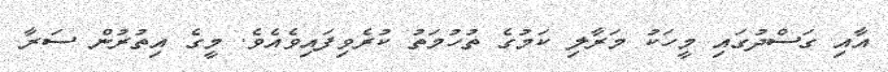
އާއި ގަސްދުގައި މީހަކު މަރާލި ކަމުގެ ތުހުމަތު ކުރެވިފައިވެއެވެ. މީގެ އިތުރުން ސަރާ